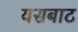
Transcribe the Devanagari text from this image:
यसबाट